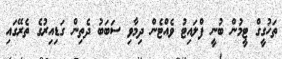
ތަހުގީގް ޓީމުން ބުނީ ފްލައިޓު ވެއްޓެން ދިމާވި ސަބަބު ދެތިން ގަޑިއިރުގެ ތެރޭގައި